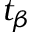
t _ { \beta }